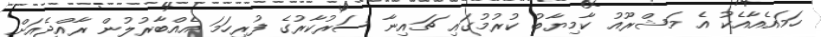
ހަމައެއާއެކު އެ މަޝްރޫއު ކާމިޔާބު ކުރުމުގައި ޗައިނާ ސަރުކާރުގެ ފުރިހަމަ އެއްބާރުލުން ރާއްޖެއަށް